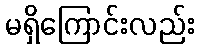
မရှိကြောင်းလည်း